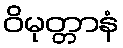
ဝိမုတ္တာနံ